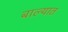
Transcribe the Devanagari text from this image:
बाल्यात